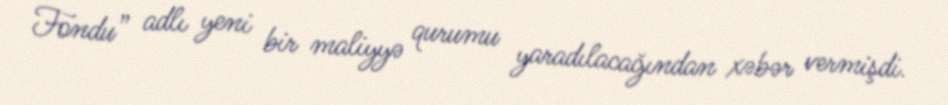
Fondu” adlı yeni bir maliyyə qurumu yaradılacağından xəbər vermişdi.